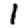
Digit: 1